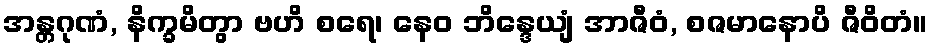
အန္တဂုဏံ, နိက္ခမိတွာ ဗဟိ စရေ၊ နေဝ ဘိန္ဒေယျံ အာဇီဝံ, စဇမာနောပိ ဇီဝိတံ။